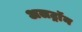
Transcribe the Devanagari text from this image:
अलट्राॅन